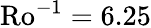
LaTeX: \mathrm{Ro}^{-1}=6.25